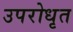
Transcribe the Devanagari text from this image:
उपरोधृत